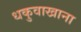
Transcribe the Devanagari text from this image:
धकुवाखाना